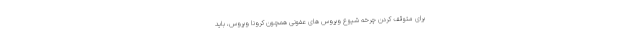
برای متوقف کردن چرخه شیوع ویروس های عفونی همچون کرونا ویروس، باید